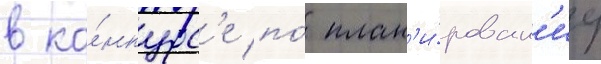
в ко́нкурс'е по́ план'и́рован'иу